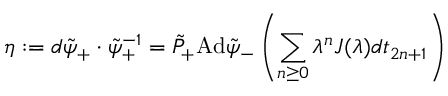
\eta : = d \tilde { \psi } _ { + } \cdot \tilde { \psi } _ { + } ^ { - 1 } = \tilde { P } _ { + } \mathrm { A d } \tilde { \psi } _ { - } \left( \sum _ { n \geq 0 } \lambda ^ { n } J ( \lambda ) d t _ { 2 n + 1 } \right)